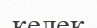
келек